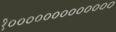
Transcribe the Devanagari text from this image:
१०००००००००००००